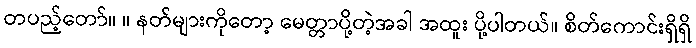
တပည့်တော်။ ။ နတ်များကိုတော့ မေတ္တာပို့တဲ့အခါ အထူး ပို့ပါတယ်။ စိတ်ကောင်းရှိရှိ